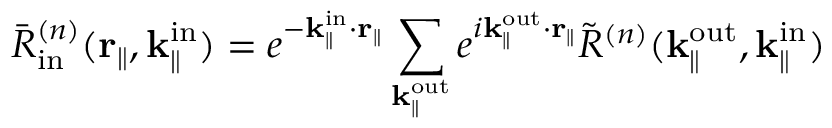
\bar { R } _ { \mathrm { i n } } ^ { ( n ) } ( \mathbf { r } _ { \parallel } , \mathbf { k } _ { \parallel } ^ { \mathrm { i n } } ) = e ^ { - \mathbf { k } _ { \parallel } ^ { \mathrm { i n } } \cdot \mathbf { r } _ { \parallel } } \sum _ { \mathbf { k } _ { \parallel } ^ { \mathrm { o u t } } } e ^ { i \mathbf { k } _ { \parallel } ^ { \mathrm { o u t } } \cdot \mathbf { r } _ { \parallel } } \Tilde { R } ^ { ( n ) } ( { \mathbf { k } _ { \parallel } ^ { \mathrm { o u t } } } , \mathbf { k } _ { \parallel } ^ { \mathrm { i n } } )